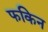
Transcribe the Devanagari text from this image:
फकिन